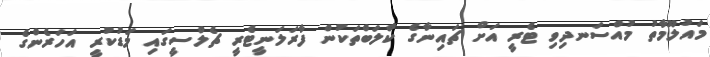
މައުލޫމާތު މުއްސަނދިވި ޓެރީ އަށް ޗައިނާގެ ކްލަބްތަކުން ފާރަލަނީޓެރީ ޗެލްސީގައި މަޑުކުރީ އަހަރެންގެ